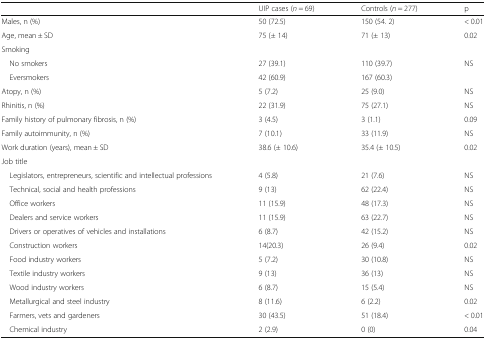
|  | UIP cases (n = 69) | Controls (n = 277) | p |
 | --- | --- | --- | --- |
 | Males, n (%) | 50 (72.5) | 150 (54. 2) | < 0.01 |
 | Age, mean ± SD | 75 (± 14) | 71 (± 13) | 0.02 |
 | <COLSPAN=4> Smoking |
 | No smokers | 27 (39.1) | 110 (39.7) | <ROWSPAN=2> NS |
 | Eversmokers | 42 (60.9) | 167 (60.3) |
 | Atopy, n (%) | 5 (7.2) | 25 (9.0) | NS |
 | Rhinitis, n (%) | 22 (31.9) | 75 (27.1) | NS |
 | Family history of pulmonary fibrosis, n (%) | 3 (4.5) | 3 (1.1) | 0.09 |
 | Family autoimmunity, n (%) | 7 (10.1) | 33 (11.9) | NS |
 | Work duration (years), mean ± SD | 38.6 (± 10.6) | 35.4 (± 10.5) | 0.02 |
 | <COLSPAN=4> Job title |
 | Legislators, entrepreneurs, scientific and intellectual professions | 4 (5.8) | 21 (7.6) | NS |
 | Technical, social and health professions | 9 (13) | 62 (22.4) | NS |
 | Office workers | 11 (15.9) | 48 (17.3) | NS |
 | Dealers and service workers | 11 (15.9) | 63 (22.7) | NS |
 | Drivers or operatives of vehicles and installations | 6 (8.7) | 42 (15.2) | NS |
 | Construction workers | 14(20.3) | 26 (9.4) | 0.02 |
 | Food industry workers | 5 (7.2) | 30 (10.8) | NS |
 | Textile industry workers | 9 (13) | 36 (13) | NS |
 | Wood industry workers | 6 (8.7) | 15 (5.4) | NS |
 | Metallurgical and steel industry | 8 (11.6) | 6 (2.2) | 0.02 |
 | Farmers, vets and gardeners | 30 (43.5) | 51 (18.4) | < 0.01 |
 | Chemical industry | 2 (2.9) | 0 (0) | 0.04 |